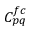
C _ { p q } ^ { f c }